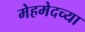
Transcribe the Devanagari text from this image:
मेहमेदच्या